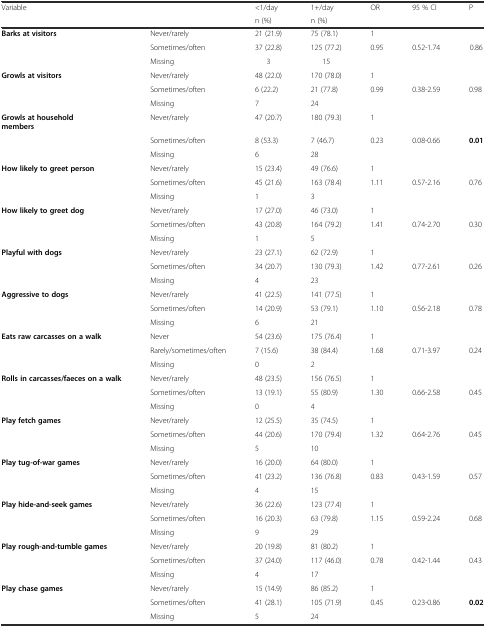
<table><thead><tr><td rowspan="2"><b>Variable</b></td><td rowspan="2"></td><td><b>&lt;1/day</b></td><td><b>1+/day</b></td><td rowspan="2"><b>OR</b></td><td rowspan="2"><b>95 % CI</b></td><td rowspan="2"><b>P</b></td></tr><tr><td><b>n (%)</b></td><td><b>n (%)</b></td></tr></thead><tbody><tr><td><b>Barks at visitors</b></td><td>Never/rarely</td><td>21 (21.9)</td><td>75 (78.1)</td><td>1</td><td></td><td></td></tr><tr><td></td><td>Sometimes/often</td><td>37 (22.8)</td><td>125 (77.2)</td><td>0.95</td><td>0.52-1.74</td><td>0.86</td></tr><tr><td></td><td>Missing</td><td>3</td><td>15</td><td></td><td></td><td></td></tr><tr><td><b>Growls at visitors</b></td><td>Never/rarely</td><td>48 (22.0)</td><td>170 (78.0)</td><td>1</td><td></td><td></td></tr><tr><td></td><td>Sometimes/often</td><td>6 (22.2)</td><td>21 (77.8)</td><td>0.99</td><td>0.38-2.59</td><td>0.98</td></tr><tr><td></td><td>Missing</td><td>7</td><td>24</td><td></td><td></td><td></td></tr><tr><td><b>Growls at household members</b></td><td>Never/rarely</td><td>47 (20.7)</td><td>180 (79.3)</td><td>1</td><td></td><td></td></tr><tr><td></td><td>Sometimes/often</td><td>8 (53.3)</td><td>7 (46.7)</td><td>0.23</td><td>0.08-0.66</td><td><b>0.01</b></td></tr><tr><td></td><td>Missing</td><td>6</td><td>28</td><td></td><td></td><td></td></tr><tr><td><b>How likely to greet person</b></td><td>Never/rarely</td><td>15 (23.4)</td><td>49 (76.6)</td><td>1</td><td></td><td></td></tr><tr><td></td><td>Sometimes/often</td><td>45 (21.6)</td><td>163 (78.4)</td><td>1.11</td><td>0.57-2.16</td><td>0.76</td></tr><tr><td></td><td>Missing</td><td>1</td><td>3</td><td></td><td></td><td></td></tr><tr><td><b>How likely to greet dog</b></td><td>Never/rarely</td><td>17 (27.0)</td><td>46 (73.0)</td><td>1</td><td></td><td></td></tr><tr><td></td><td>Sometimes/often</td><td>43 (20.8)</td><td>164 (79.2)</td><td>1.41</td><td>0.74-2.70</td><td>0.30</td></tr><tr><td></td><td>Missing</td><td>1</td><td>5</td><td></td><td></td><td></td></tr><tr><td><b>Playful with dogs</b></td><td>Never/rarely</td><td>23 (27.1)</td><td>62 (72.9)</td><td>1</td><td></td><td></td></tr><tr><td></td><td>Sometimes/often</td><td>34 (20.7)</td><td>130 (79.3)</td><td>1.42</td><td>0.77-2.61</td><td>0.26</td></tr><tr><td></td><td>Missing</td><td>4</td><td>23</td><td></td><td></td><td></td></tr><tr><td><b>Aggressive to dogs</b></td><td>Never/rarely</td><td>41 (22.5)</td><td>141 (77.5)</td><td>1</td><td></td><td></td></tr><tr><td></td><td>Sometimes/often</td><td>14 (20.9)</td><td>53 (79.1)</td><td>1.10</td><td>0.56-2.18</td><td>0.78</td></tr><tr><td></td><td>Missing</td><td>6</td><td>21</td><td></td><td></td><td></td></tr><tr><td><b>Eats raw carcasses on a walk</b></td><td>Never</td><td>54 (23.6)</td><td>175 (76.4)</td><td>1</td><td></td><td></td></tr><tr><td></td><td>Rarely/sometimes/often</td><td>7 (15.6)</td><td>38 (84.4)</td><td>1.68</td><td>0.71-3.97</td><td>0.24</td></tr><tr><td></td><td>Missing</td><td>0</td><td>2</td><td></td><td></td><td></td></tr><tr><td><b>Rolls in carcasses/faeces on a walk</b></td><td>Never/rarely</td><td>48 (23.5)</td><td>156 (76.5)</td><td>1</td><td></td><td></td></tr><tr><td></td><td>Sometimes/often</td><td>13 (19.1)</td><td>55 (80.9)</td><td>1.30</td><td>0.66-2.58</td><td>0.45</td></tr><tr><td></td><td>Missing</td><td>0</td><td>4</td><td></td><td></td><td></td></tr><tr><td><b>Play fetch games</b></td><td>Never/rarely</td><td>12 (25.5)</td><td>35 (74.5)</td><td>1</td><td></td><td></td></tr><tr><td></td><td>Sometimes/often</td><td>44 (20.6)</td><td>170 (79.4)</td><td>1.32</td><td>0.64-2.76</td><td>0.45</td></tr><tr><td></td><td>Missing</td><td>5</td><td>10</td><td></td><td></td><td></td></tr><tr><td><b>Play tug-of-war games</b></td><td>Never/rarely</td><td>16 (20.0)</td><td>64 (80.0)</td><td>1</td><td></td><td></td></tr><tr><td></td><td>Sometimes/often</td><td>41 (23.2)</td><td>136 (76.8)</td><td>0.83</td><td>0.43-1.59</td><td>0.57</td></tr><tr><td></td><td>Missing</td><td>4</td><td>15</td><td></td><td></td><td></td></tr><tr><td><b>Play hide-and-seek games</b></td><td>Never/rarely</td><td>36 (22.6)</td><td>123 (77.4)</td><td>1</td><td></td><td></td></tr><tr><td></td><td>Sometimes/often</td><td>16 (20.3)</td><td>63 (79.8)</td><td>1.15</td><td>0.59-2.24</td><td>0.68</td></tr><tr><td></td><td>Missing</td><td>9</td><td>29</td><td></td><td></td><td></td></tr><tr><td><b>Play rough-and-tumble games</b></td><td>Never/rarely</td><td>20 (19.8)</td><td>81 (80.2)</td><td>1</td><td></td><td></td></tr><tr><td></td><td>Sometimes/often</td><td>37 (24.0)</td><td>117 (46.0)</td><td>0.78</td><td>0.42-1.44</td><td>0.43</td></tr><tr><td></td><td>Missing</td><td>4</td><td>17</td><td></td><td></td><td></td></tr><tr><td><b>Play chase games</b></td><td>Never/rarely</td><td>15 (14.9)</td><td>86 (85.2)</td><td>1</td><td></td><td></td></tr><tr><td></td><td>Sometimes/often</td><td>41 (28.1)</td><td>105 (71.9)</td><td>0.45</td><td>0.23-0.86</td><td><b>0.02</b></td></tr><tr><td></td><td>Missing</td><td>5</td><td>24</td><td></td><td></td><td></td></tr></tbody></table>